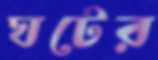
ঘটের